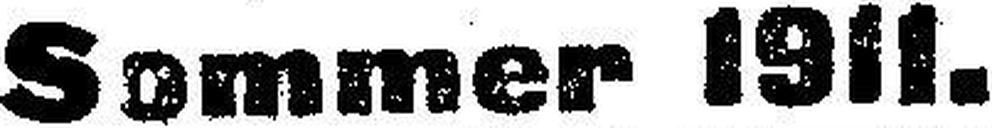
Sommer 1911.